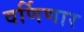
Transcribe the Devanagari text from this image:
वर्णिणार